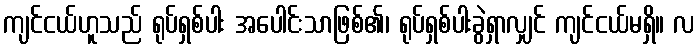
ကျင်ငယ်ဟူသည် ရုပ်ရှစ်ပါး အပေါင်းသာဖြစ်၏၊ ရုပ်ရှစ်ပါးခွဲရှာလျှင် ကျင်ငယ်မရှိ။ လ